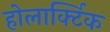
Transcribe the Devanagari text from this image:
होलार्क्टिक